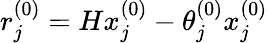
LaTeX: r_{j}^{(0)}=Hx_{j}^{(0)}-\theta_{j}^{(0)}x_{j}^{(0)}